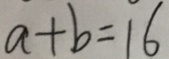
a + b = 1 6